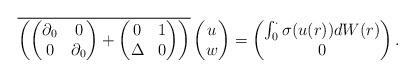
LaTeX: \begin{align*} \overline{\left(\begin{pmatrix} \partial_0 & 0 \\ 0 & \partial_0 \end{pmatrix} + \begin{pmatrix} 0 & 1 \\ \Delta & 0 \end{pmatrix}\right)}\begin{pmatrix} u \\ w \end{pmatrix}= \begin{pmatrix} \int_0^\cdot \sigma(u(r))dW(r) \\ 0 \end{pmatrix}.\end{align*}